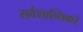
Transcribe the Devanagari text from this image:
सर्वशान्तिकरं